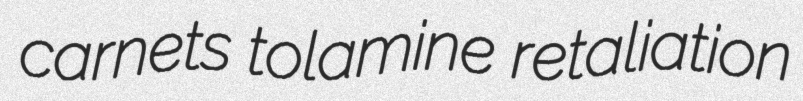
carnets tolamine retaliation